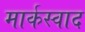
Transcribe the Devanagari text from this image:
मार्कस्वाद